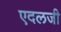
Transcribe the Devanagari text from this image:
एदलजी